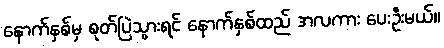
နောက်နှစ်မှ စုတ်ပြဲသွားရင် နောက်နှစ်ထည် အလကား ပေးဦးမယ်။